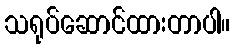
သရုပ်ဆောင်ထားတာပါ။